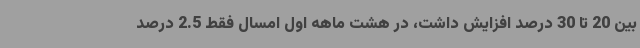
بین 20 تا 30 درصد افزایش داشت، در هشت ماهه اول امسال فقط 2.5 درصد